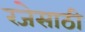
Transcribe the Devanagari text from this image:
रजेसाठी